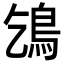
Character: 𩾥